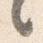
言